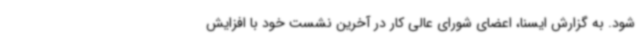
شود. به گزارش ایسنا، اعضای شورای عالی کار در آخرین نشست خود با افزایش